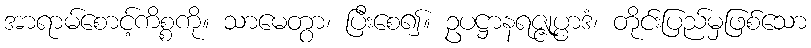
အာရာမ်စောင့်ကိစ္စကို။ သာမေတွာ၊ ပြီးစေ၍။ ဥပဋ္ဌာနရဇ္ဇုပ္ပာဒံ၊ တိုင်းပြည်မှဖြစ်သော